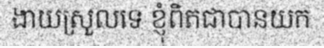
ងាយស្រួលទេ ខ្ញុំពិតជាបានយក